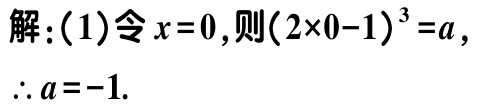
解：(1)令\(x = 0\)，则\((2\times0 - 1)^{3}=a\)，

\(\therefore a = - 1\).